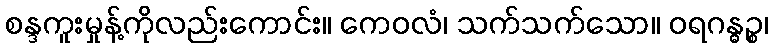
စန္ဒကူးမှုန့်ကိုလည်းကောင်း။ ကေဝလံ၊ သက်သက်သော။ ဝရဂန္ဓဉ္စ၊